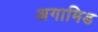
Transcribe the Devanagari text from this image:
अगामिड